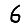
Digit: 6